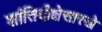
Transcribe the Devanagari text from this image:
शांतिदीक्षेसारखे